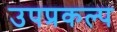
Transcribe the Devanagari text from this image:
उपप्रकल्प